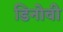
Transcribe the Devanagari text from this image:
डिनोवी